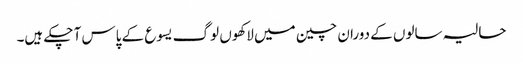
حالیہ سالوں کے دوران چین میں لاکھوں لوگ یسوع کے پاس آ چکے ہیں۔